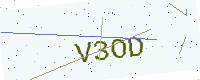
Text: V3OD